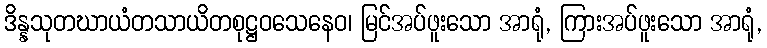
ဒိန္နသုတဃာယံတသာယိတစုဋ္ဌဝသေနေဝ၊ မြင်အပ်ဖူးသော အာရုံ, ကြားအပ်ဖူးသော အာရုံ,